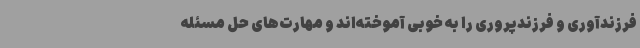
فرزندآوری و فرزندپروری را به خوبی آموخته‌اند و مهارت‌های حل مسئله